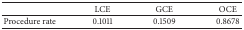
<table><thead><tr><td><b> </b></td><td><b>LCE</b></td><td><b>GCE</b></td><td><b>OCE</b></td></tr></thead><tbody><tr><td>Procedure rate</td><td>0.1011</td><td>0.1509</td><td>0.8678</td></tr></tbody></table>